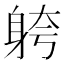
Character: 䠸